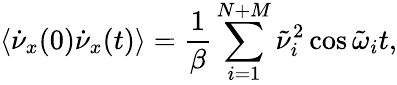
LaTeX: \left<\dot{\nu}_{x}(0)\dot{\nu}_{x}(t)\right>={\frac{1}{\beta}}\sum_{i=1}^{N+M}\tilde{\nu}_{i}^{2}\cos\tilde{\omega}_{i}t,